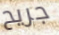
جريح